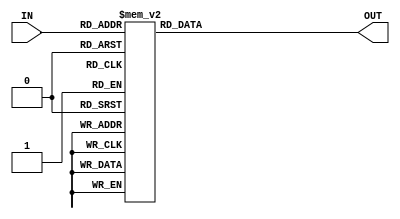
module hex_display(IN, OUT);
    input [3:0] IN;
	 output reg [7:0] OUT;
	 
	 always @(*)
	 begin
		case(IN[3:0])
			4'b0000: OUT = 7'b1000000;
			4'b0001: OUT = 7'b1111001;
			4'b0010: OUT = 7'b0100100;
			4'b0011: OUT = 7'b0110000;
			4'b0100: OUT = 7'b0011001;
			4'b0101: OUT = 7'b0010010;
			4'b0110: OUT = 7'b0000010;
			4'b0111: OUT = 7'b1111000;
			4'b1000: OUT = 7'b0000000;
			4'b1001: OUT = 7'b0011000;
			4'b1010: OUT = 7'b0001000;
			4'b1011: OUT = 7'b0000011;
			4'b1100: OUT = 7'b1000110;
			4'b1101: OUT = 7'b0100001;
			4'b1110: OUT = 7'b0000110;
			4'b1111: OUT = 7'b0001110;
			
			default: OUT = 7'b0111111;
		endcase

	end
endmodule